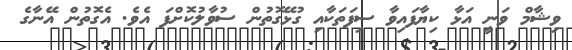
ވިޝާމް ވަނީ އަޅާ ކިޔާފައިވާ ސިފަތަކާއި ގުޅޭގޮތުން ސުވާލުކޮށްފަ އެވެ. އެގޮތުން އޭނާގެ